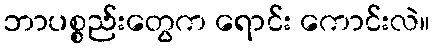
ဘာပစ္စည်းတွေက ရောင်း ကောင်းလဲ။